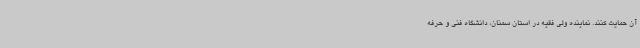
آن حمایت کنند. نماینده ولی فقیه در استان سمنان، دانشگاه فنی و حرفه